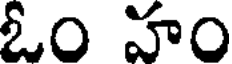
ఓం హం